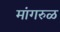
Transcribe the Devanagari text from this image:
मांगरुळ